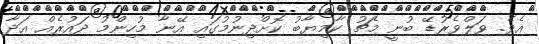
އެވެ. ވަލްވެރުޑޭ ބުނީ މެޗު ކާމިޔާބު ކޮށްދިނުމުގައި އޭނާ މުހިންމު ދައުރެއް އަދާ